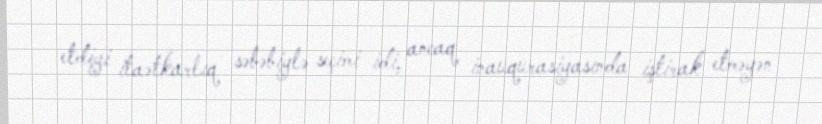
etdiyi itaətkarlıq səbəbiylə seçimi idi, ancaq inauqurasiyasında iştirak etməyən